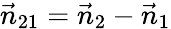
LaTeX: \vec{n}_{21}=\vec{n}_{2}-\vec{n}_{1}